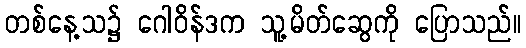
တစ်နေ့သ၌ ဂေါဝိန်ဒက သူ့မိတ်ဆွေကို ပြောသည်။